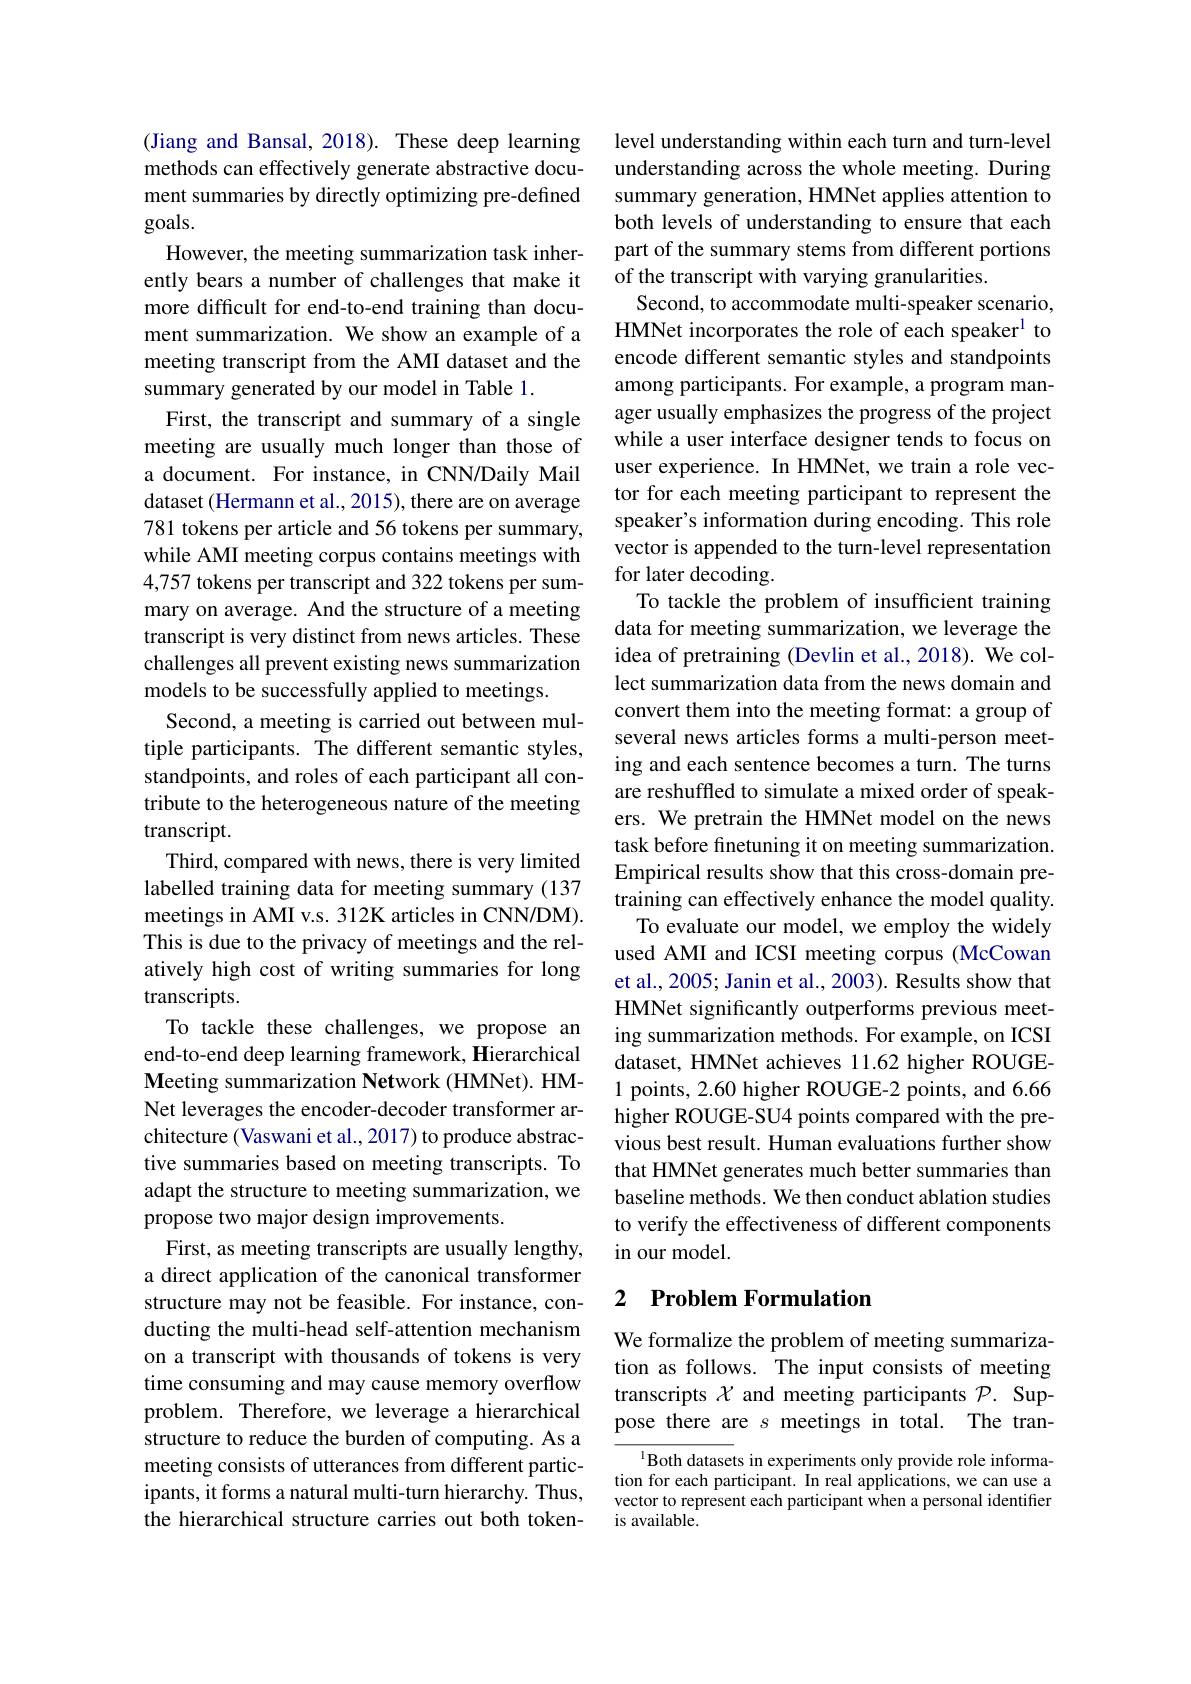
(Jiang and Bansal, 2018). These deep learning methods can effectively generate abstractive document summaries by directly optimizing pre-defined goals.
However, the meeting summarization task inherently bears a number of challenges that make it more difficult for end-to-end training than document summarization. We show an example of a meeting transcript from the AMI dataset and the summary generated by our model in Table 1.
First, the transcript and summary of a single meeting are usually much longer than those of a document. For instance, in CNN/Daily Mail dataset (Hermann et al., 2015), there are on average 781 tokens per article and 56 tokens per summary, while AMI meeting corpus contains meetings with 4,757 tokens per transcript and 322 tokens per summary on average. And the structure of a meeting transcript is very distinct from news articles. These challenges all prevent existing news summarization models to be successfully applied to meetings.
Second, a meeting is carried out between multiple participants. The different semantic styles, standpoints, and roles of each participant all contribute to the heterogeneous nature of the meeting transcript.
Third, compared with news, there is very limited labelled training data for meeting summary (137 meetings in AMI v.s. 312K articles in CNN/DM). This is due to the privacy of meetings and the relatively high cost of writing summaries for long transcripts.
To tackle these challenges, we propose an end-to-end deep learning framework, Hierarchical Meeting summarization Network (HMNet). HMNet leverages the encoder-decoder transformer architecture (Vaswani et al., 2017) to produce abstractive summaries based on meeting transcripts. To adapt the structure to meeting summarization, we propose two major design improvements.
First, as meeting transcripts are usually lengthy, a direct application of the canonical transformer structure may not be feasible. For instance, conducting the multi-head self-attention mechanism on a transcript with thousands of tokens is very time consuming and may cause memory overflow problem. Therefore, we leverage a hierarchical structure to reduce the burden of computing. As a meeting consists of utterances from different participants, it forms a natural multi-turn hierarchy. Thus, the hierarchical structure carries out both token-

level understanding within each turn and turn-level understanding across the whole meeting. During summary generation, HMNet applies attention to both levels of understanding to ensure that each part of the summary stems from different portions of the transcript with varying granularities.
Second, to accommodate multi-speaker scenario, HMNet incorporates the role of each speaker$^{1}$ to encode different semantic styles and standpoints among participants. For example, a program manager usually emphasizes the progress of the project while a user interface designer tends to focus on user experience. In HMNet, we train a role vector for each meeting participant to represent the speaker's information during encoding. This role vector is appended to the turn-level representation for later decoding.
To tackle the problem of insufficient training data for meeting summarization, we leverage the idea of pretraining (Devlin et al., 2018). We collect summarization data from the news domain and convert them into the meeting format: a group of several news articles forms a multi-person meeting and each sentence becomes a turn. The turns are reshuffled to simulate a mixed order of speakers. We pretrain the HMNet model on the news task before finetuning it on meeting summarization. Empirical results show that this cross-domain pretraining can effectively enhance the model quality.
To evaluate our model, we employ the widely used AMI and ICSI meeting corpus (McCowan et al., 2005; Janin et al., 2003). Results show that HMNet significantly outperforms previous meeting summarization methods. For example, on ICSI dataset, HMNet achieves 11.62 higher ROUGE- 1 points, 2.60 higher ROUGE-2 points, and 6.66 higher ROUGE-SU4 points compared with the previous best result. Human evaluations further show that HMNet generates much better summaries than baseline methods. We then conduct ablation studies to verify the effectiveness of different components in our model.

## 2 $\textbf{Problem Formulation}$

We formalize the problem of meeting summarization as follows. The input consists of meeting transcripts $\chi$ and meeting participants $\mathcal{P}.$ Suppose there are $s$ meetings in total. The tran-

$^{\text{l}}$Both datasets in experiments only provide role information for each participant. In real applications, we can use a vector to represent each participant when a personal identifier is available.